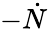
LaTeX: -\dot{N}